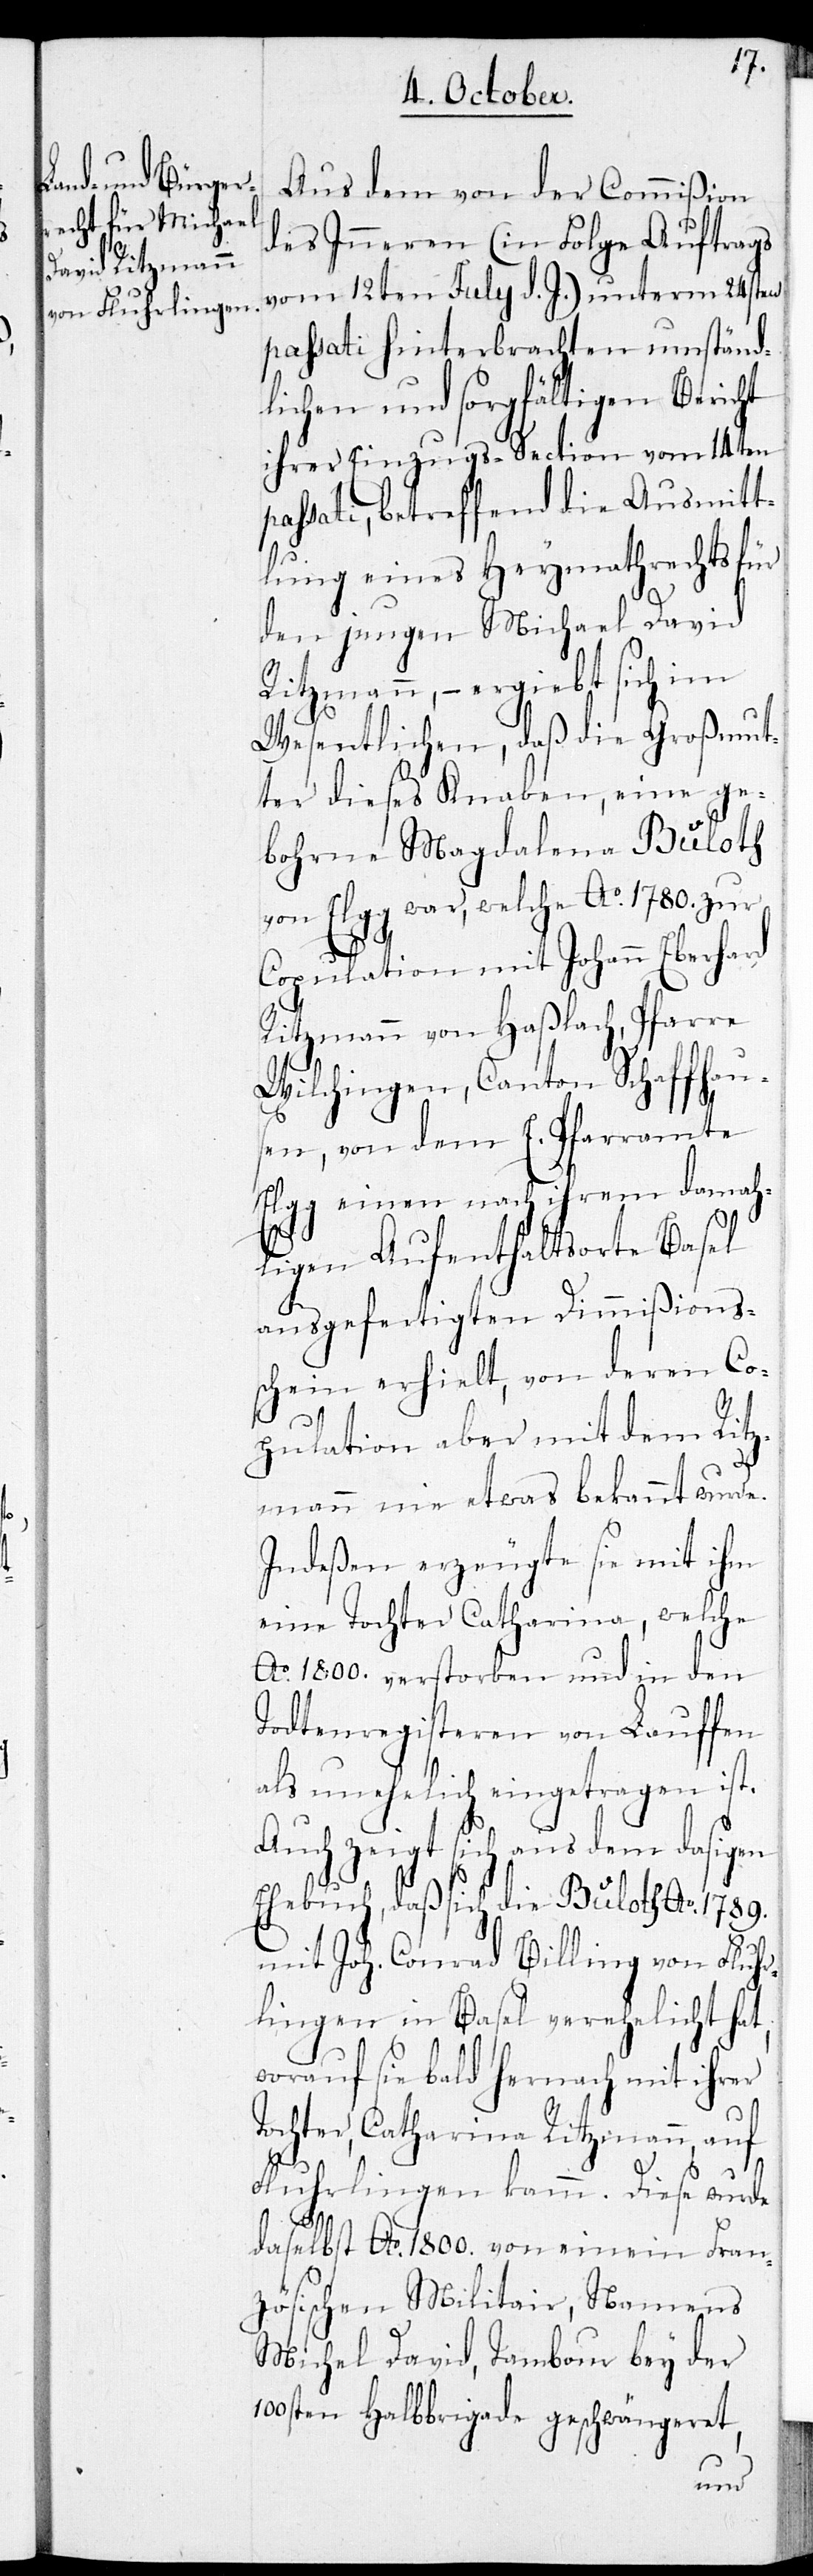
Aus dem von der Commißion
des Inneren (in Folge Auftrags
vom 12ten July d. J.) unterm 24sten
passati hinterbrachten umständ¬
lichen und sorgfältigen Bericht
ihrer Einzugs-Section vom 14ten
passati, betreffend die Ausmitt¬
lung eines Heymathrechts für
den jungen Michael David
Ritzmann, – ergiebt sich im
Wesentlichen, daß die Großmut¬
ter dieses Knaben, eine ge¬
bohrne Magdalena Buloth
von Elgg war, welche Ao. 1780. zur
Copulation mit Johann Eberhard
Ritzmann von Haßlach, Pfarre
Wilchingen, Canton Schaffhaus¬
en, von dem E. Pfarramte
Elgg einen nach ihrem damah¬
ligen Aufenthaltsorte Basel
ausgefertigten Dimmißions¬
schein erhielt, von deren Co¬
pulation aber mit dem Ritz¬
mann nie etwas bekannt wurde.
Indeßen erzeugte sie mit ihm
eine Tochter Catharina, welche
Ao. 1800. verstorben und in den
Todtenregisteren von Lauffen
als unehelich eingetragen ist.
Auch zeigt sich aus dem dasigen
Ehebuch, daß sich die Buloth Ao. 1789.
mit Joh. Conrad Billing von Fluhr¬
lingen in Basel verehelicht hat,
worauf sie bald hernach mit ihrer
Tochter Catharina Ritzmann, auf
Fluhrlingen kam. Diese wurde
daselbst Ao. 1800. von einem Fran¬
zösischen Militair, Namens
Michel David, Tambour bey der
100sten Halbbrigade geschwängeret